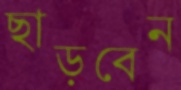
ছাড়বেন